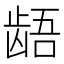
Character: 龉